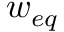
w _ { e q }